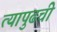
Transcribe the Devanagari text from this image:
त्यापुढची